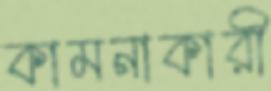
কামনাকারী